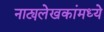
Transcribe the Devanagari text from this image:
नाट्यलेखकांमध्ये